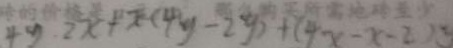
4 y \cdot 2 x + x ( 4 y - 2 y ) + ( 4 x - x - 2 ) y